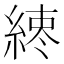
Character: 𦁨